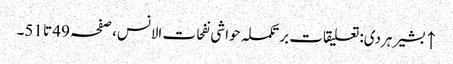
↑ بشیر ہردی: تعلیقات بر تکملہ حواشی نفحات الانس، صفحہ 49 تا 51۔